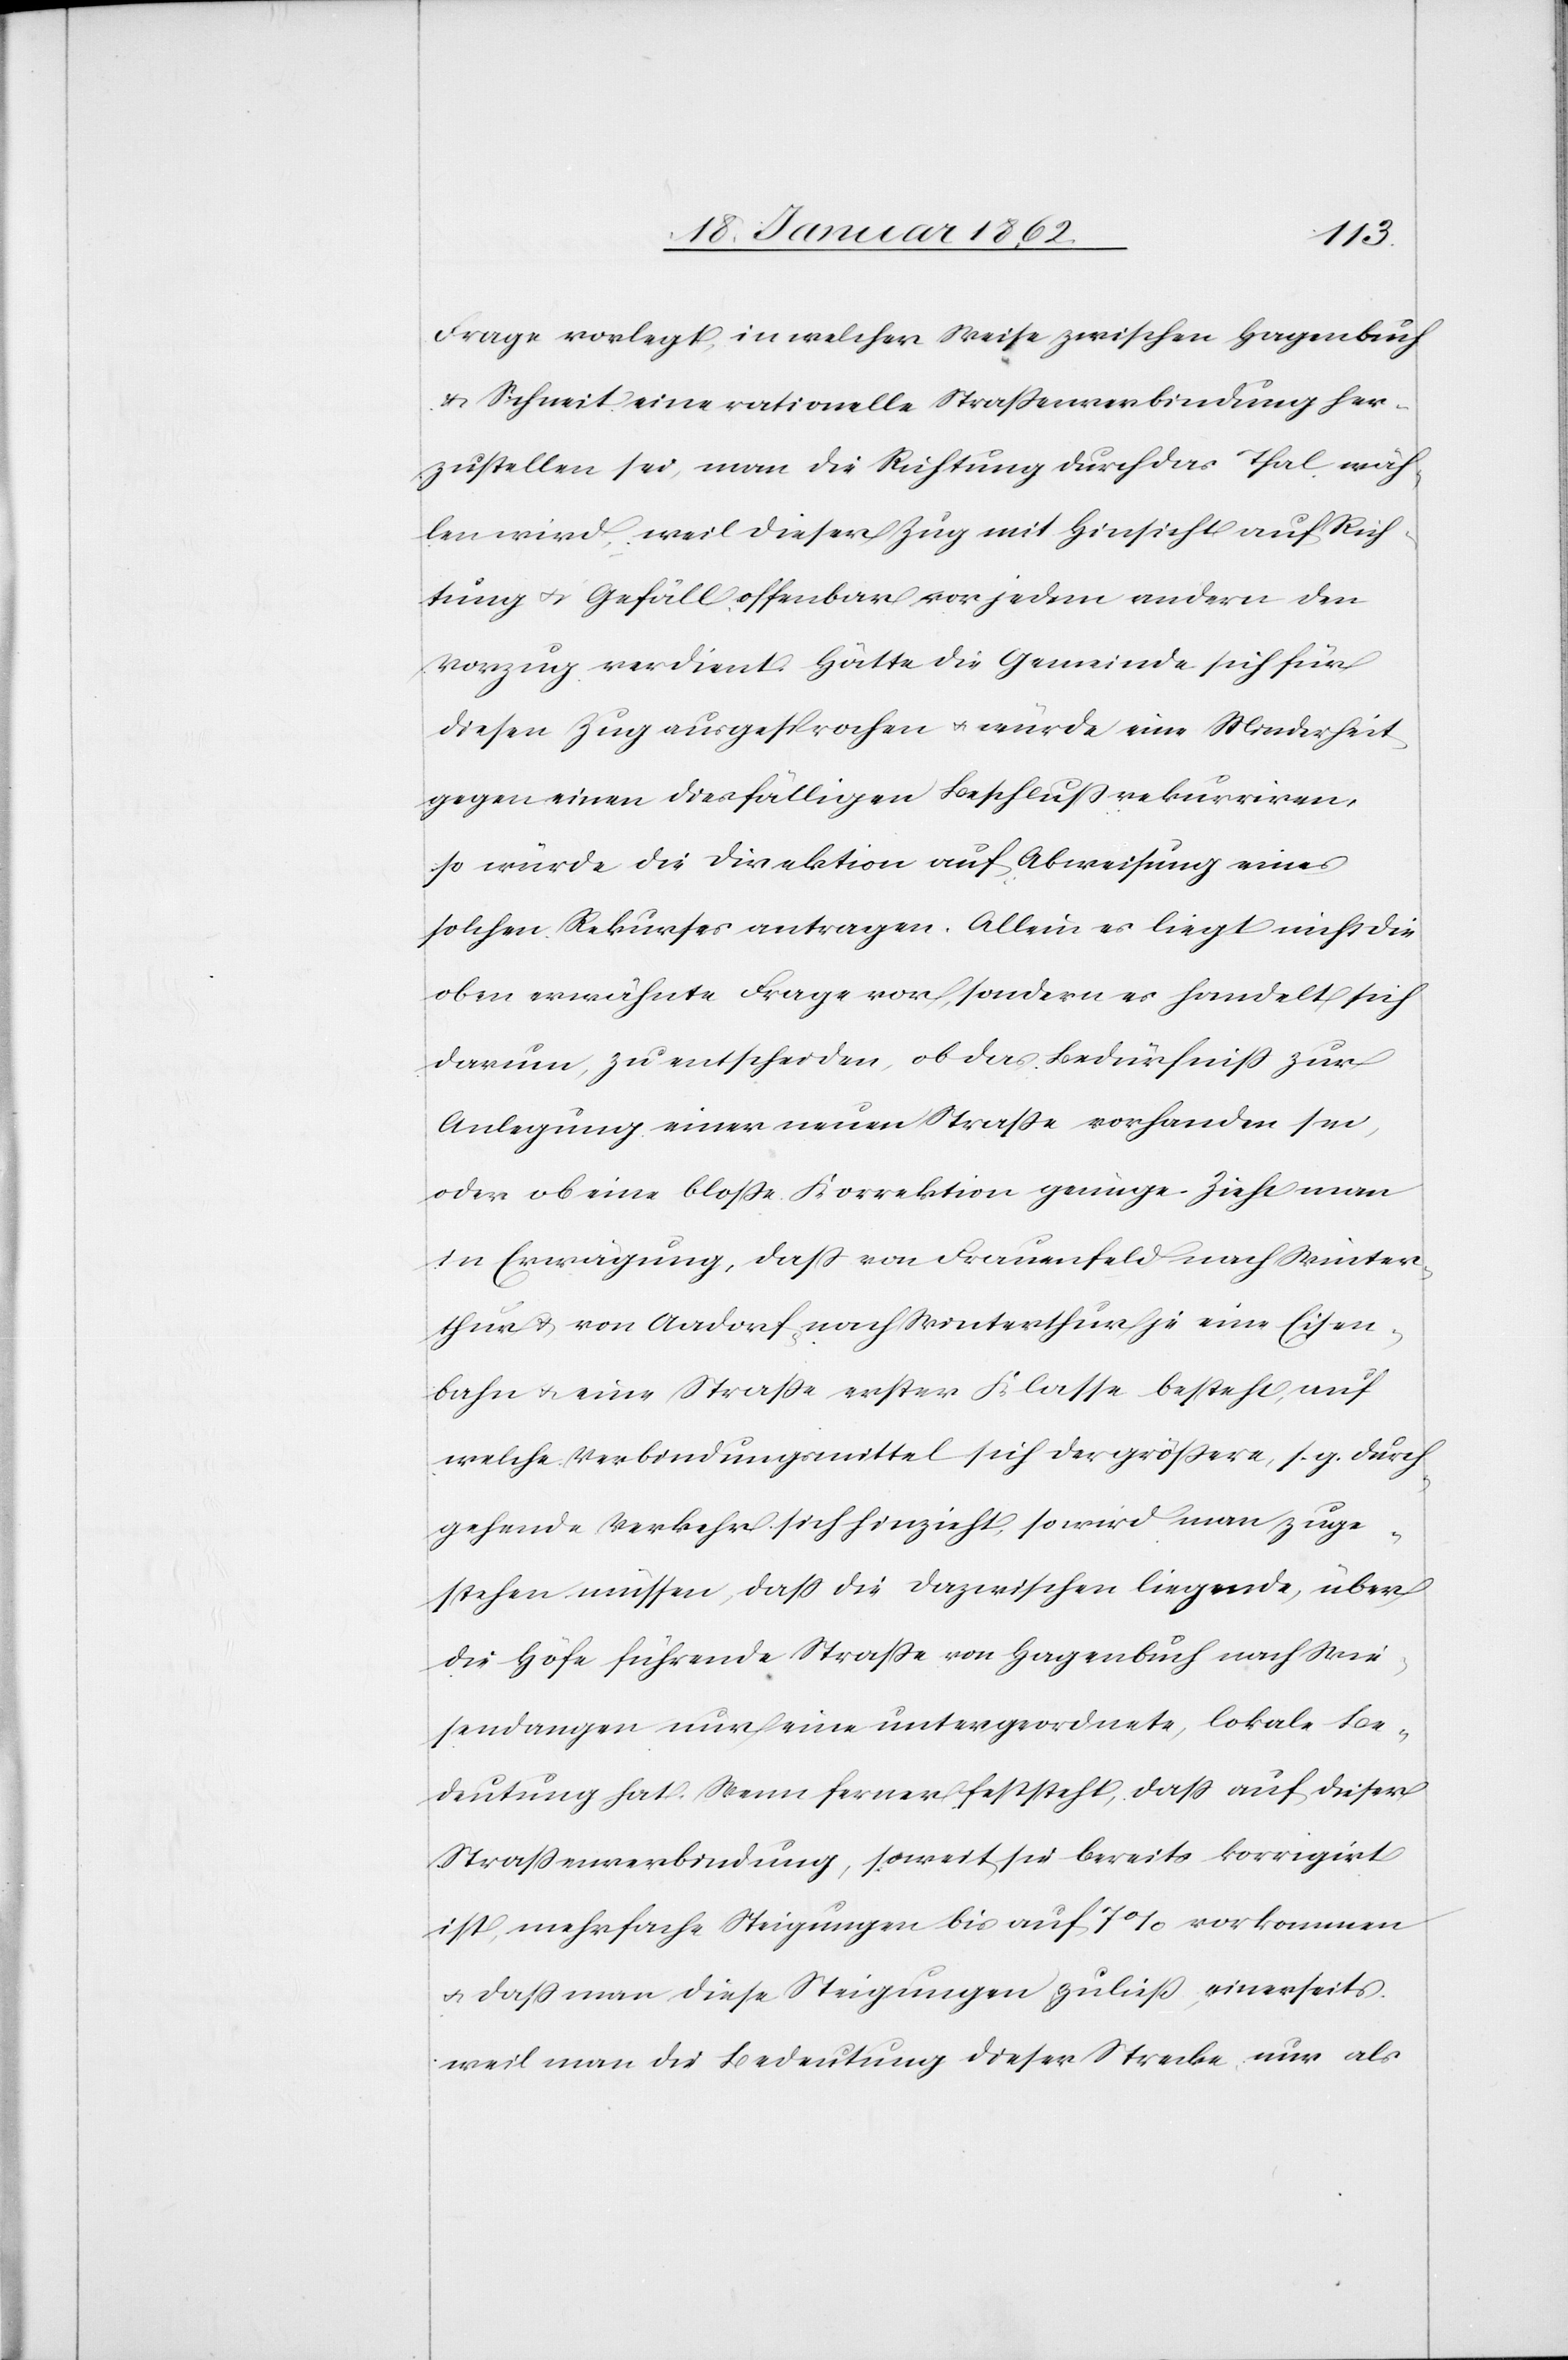
Frage vorlegt, in welcher Weise zwischen Hagenbuch
u. Schneit eine rationelle Straßenverbindung her¬
zustellen sei, man die Richtung durch das Thal wäh¬
len wird, weil dieser Zug mit Hinsicht auf Rich¬
tung u. Gefäll offenbar vor jedem andern den
Vorzug verdient. Hätte die Gemeinde sich für
diesen Zug ausgesprochen u. würde eine Minderheit
gegen einen diesfälligen Beschluß rekurriren,
so würde die Direktion auf Abweisung eines
solchen Rekurses antragen. Allein es liegt nicht die
oben erwähnte Frage vor, sondern es handelt sich
darum, zu entscheiden, ob das Bedürfniß zur
Anlegung einer neuen Straße vorhanden sei,
oder ob eine bloße Korrektion genüge. Zieht man
in Erwägung, daß von Frauenfeld nach Winter¬
thur u. von Aadorf nach Winterthur eine Eisen¬
bahn u. eine Straße erster Klasse besteht, auf
welche Verbindungsmittel sich der größere, s. g. durch¬
gehende Verkehr sich [sic!] hinzieht, so wird man zuge¬
stehen müssen, daß die dazwischen liegende, über
die Höfe führende Straße von Hagenbuch nach Wie¬
sendangen nur eine untergeordnete, lokale Be¬
deutung hat. Wenn ferner feststeht, daß auf dieser
Straßenverbindung, soweit sie bereits korrigirt
ist, mehrfache Steigungen bis auf 7% vorkommen
u. daß man diese Steigungen zuließ, einerseits
weil man die Bedeutung dieser Strecke nur als